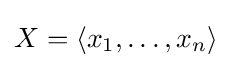
X=\langle x_{1},\dots ,x_{n}\rangle